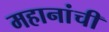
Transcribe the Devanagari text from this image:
महानांची